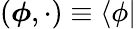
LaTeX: ({\boldsymbol{\phi}},\cdot)\equiv\langle\phi|